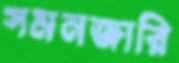
সমনজারি